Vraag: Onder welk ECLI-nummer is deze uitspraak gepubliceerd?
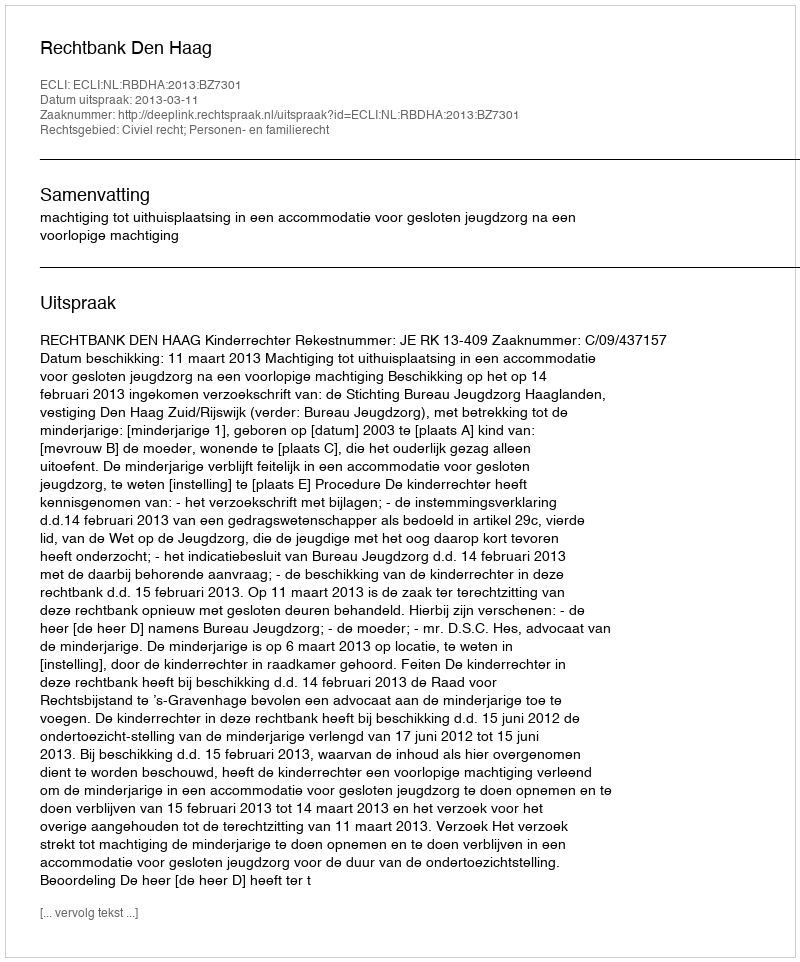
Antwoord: ECLI:NL:RBDHA:2013:BZ7301